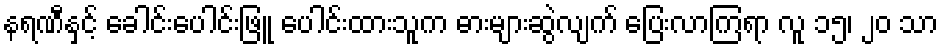
နရဏီနှင့် ခေါင်းပေါင်းဖြူ ပေါင်းထားသူက ဓားများဆွဲလျက် ပြေးလာကြရာ လူ ၁၅၊ ၂၀ သာ